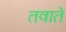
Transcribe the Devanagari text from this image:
तवाते